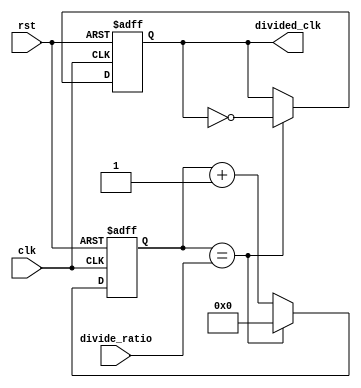
module frequency_divider (
    input clk,
    input rst,
    input [7:0] divide_ratio,
    output reg divided_clk
);

reg [7:0] counter;

always @(posedge clk or posedge rst) begin
    if (rst) begin
        counter <= 8'b0;
        divided_clk <= 1'b0;
    end else begin
        counter <= counter + 1;
        if (counter == divide_ratio) begin
            divided_clk <= ~divided_clk;
            counter <= 8'b0;
        end
    end
end

endmodule